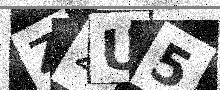
Text: Z2U5